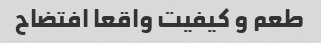
طعم و کیفیت واقعا افتضاح